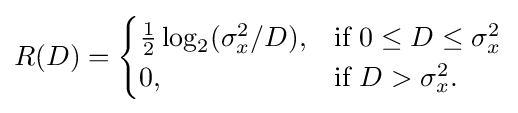
R(D)={\begin{cases}{\frac {1}{2}}\log _{2}(\sigma _{x}^{2}/D),&{\text{if }}0\leq D\leq \sigma _{x}^{2}\\0,&{\text{if }}D>\sigma _{x}^{2}.\end{cases}}